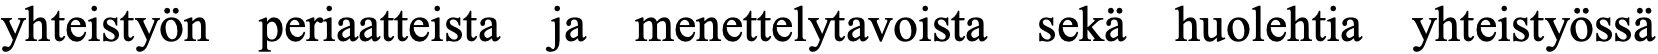
yhteistyön periaatteista ja menettelytavoista sekä huolehtia yhteistyössä